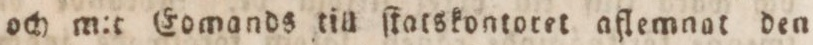
och m:t Eomands till ſtatskontoret aflemnat den